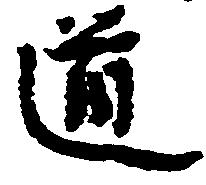
道